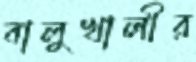
বালুখালীর